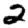
Digit: 2